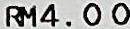
RM4.00